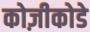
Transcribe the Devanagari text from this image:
कोज़ीकोडे